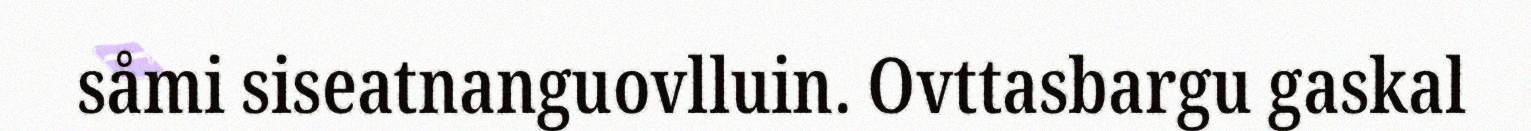
såmi siseatnanguovlluin. Ovttasbargu gaskal